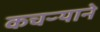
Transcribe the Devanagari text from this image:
कचऱ्याने